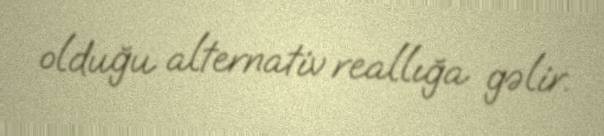
olduğu alternativ reallığa gəlir.